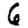
Digit: 6